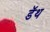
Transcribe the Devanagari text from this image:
डॅथ